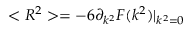
< R ^ { 2 } > = - 6 \partial _ { k ^ { 2 } } F ( k ^ { 2 } ) | _ { k ^ { 2 } = 0 }